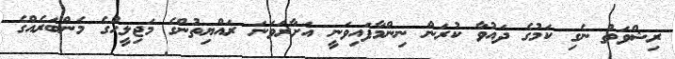
ރިޝްވަތު ނެގި ކަމުގެ ދައުވާ ކުރަން ނިންމާފައިވަނީ އަށާރަވަނަ ރައްޔިތުންގެ މަޖިލީހުގެ މެންބަރެއްގެ